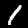
Label: 1